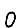
Digit: 0